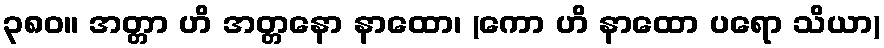
၃၈၀။ အတ္တာ ဟိ အတ္တနော နာထော၊ (ကော ဟိ နာထော ပရော သိယာ)